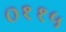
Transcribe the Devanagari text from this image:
०११५